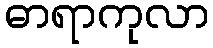
ဓာရာကုလာ